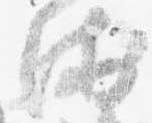
衛